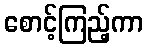
စောင့်ကြည့်ကာ